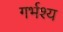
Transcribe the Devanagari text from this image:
गर्भश्य